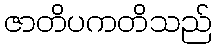
ဇာတိပကတိသည်